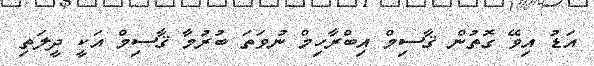
އަޑު އިވޭ ގޮތުން ޤާސިމް އިބްރާހިމް ނުވަތަ ބުރުމާ ޤާސިމް އަކީ ދީލަތި